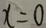
x = 0